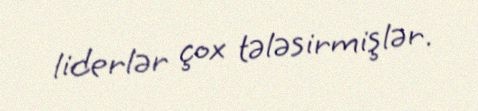
liderlər çox tələsirmişlər.